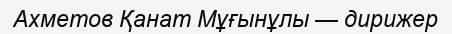
Ахметов Қанат Мұғынұлы — дирижер